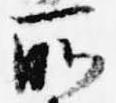
所